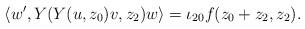
LaTeX: \begin{align*}\langle w',Y(Y(u,z_0)v,z_2)w\rangle=\iota_{20}f(z_0+z_2,z_2).\end{align*}